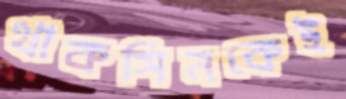
থাকসিনকেই